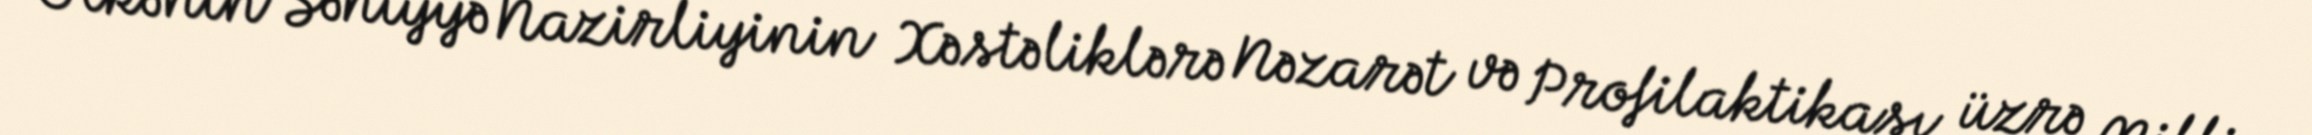
Ölkənin Səhiyyə Nazirliyinin Xəstəliklərə Nəzarət və Profilaktikası üzrə Milli